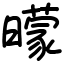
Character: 曚